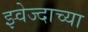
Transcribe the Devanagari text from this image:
झ्वेज्दाच्या